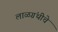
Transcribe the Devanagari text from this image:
लाळग्रंथीचे